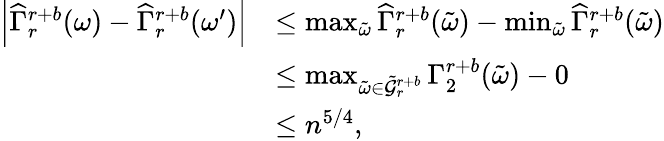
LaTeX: \begin{array}{rl}{\left|\widehat{\Gamma}_{r}^{r+b}(\omega)-\widehat{\Gamma}_{r}^{r+b}(\omega^{\prime})\right|}&{\leq\operatorname*{max}_{\tilde{\omega}}\widehat{\Gamma}_{r}^{r+b}(\tilde{\omega})-\operatorname*{min}_{\tilde{\omega}}\widehat{\Gamma}_{r}^{r+b}(\tilde{\omega})}\\ &{\leq\operatorname*{max}_{\tilde{\omega}\in\tilde{\mathcal{G}}_{r}^{r+b}}\Gamma_{2}^{r+b}(\tilde{\omega})-0}\\ &{\leq n^{5/4},}\end{array}